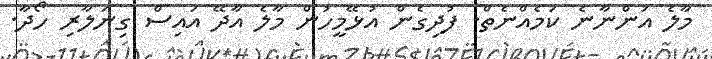
މާލެ އަންނާނެ ކަމެއްނެތް. ފުދިގެން އުޅޭމީހުން މާލެ އާދޭ އައިސް ގިނަލާރި ހޯދާ.